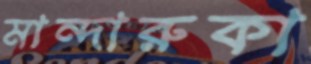
মান্দারুকা